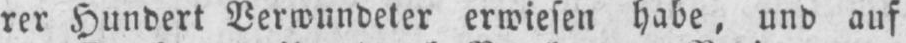
rer Hundert Verwundeter erwiesen habe, und auf